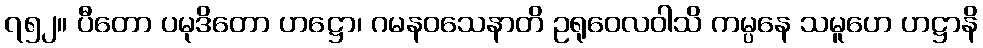
၇၅၂။ ပီတော ပမုဒိတော ဟဋ္ဌော၊ ဂမနဝသေနာတိ ဥရုဝေလဝါသိ ကမ္ပနေ သမူဟေ ဟဋ္ဌာနိ